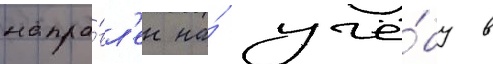
напра́вл'ен на́ учё́бу в